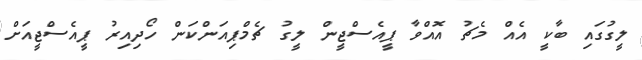
ލީގުގައި ބާކީ އެއް މެޗު އޮއްވާ ޕީއެސްޖީން ލީގު ޗެމްޕިއަންކަން ހޯދިއިރު ޕީއެސްޖީއަށް